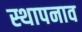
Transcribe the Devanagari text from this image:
स्थापनाव